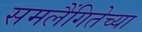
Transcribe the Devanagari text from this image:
समलैंगितेच्या